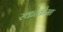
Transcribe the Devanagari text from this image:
स्कोतोमा